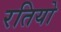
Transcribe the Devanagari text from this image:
रतियो